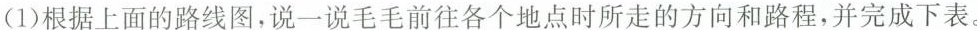
(1)根据上面的路线图，说一说毛毛前往各个地点时所走的方向和路程，并完成下表。